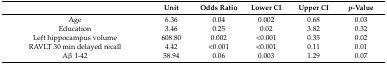
|  | Unit | Odds Ratio | Lower CI | Upper CI | p-Value |
 | --- | --- | --- | --- | --- | --- |
 | Age | 6.36 | 0.04 | 0.002 | 0.68 | 0.03 |
 | Education | 3.46 | 0.25 | 0.02 | 3.82 | 0.32 |
 | Left hippocampus volume | 608.80 | 0.002 | <0.001 | 0.35 | 0.02 |
 | RAVLT 30 min delayed recall | 4.42 | <0.001 | <0.001 | 0.11 | 0.01 |
 | Aβ 1-42 | 58.94 | 0.06 | 0.003 | 1.29 | 0.07 |